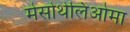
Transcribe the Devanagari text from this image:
मेसोथेलिओमा